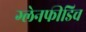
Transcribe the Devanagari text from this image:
ग्लेनफीडिच